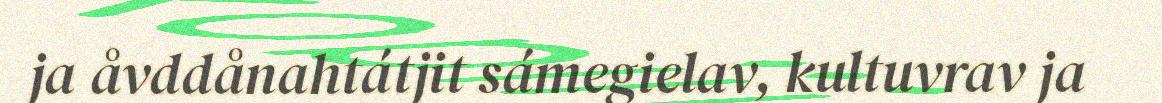
ja åvddånahtátjit sámegielav, kultuvrav ja